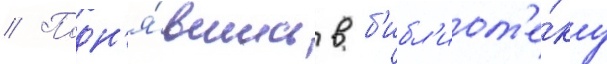
// Подн'я́вшись в б'ибл'иот'е́ку